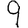
Digit: 9